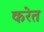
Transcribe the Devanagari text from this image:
करेत